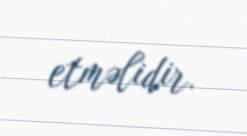
etməlidir.